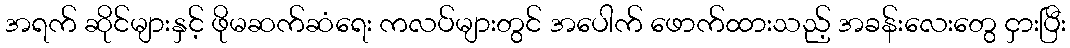
အရက် ဆိုင်များနှင့် ဖိုမဆက်ဆံရေး ကလပ်များတွင် အပေါက် ဖောက်ထားသည့် အခန်းလေးတွေ ငှားပြီး